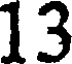
13